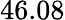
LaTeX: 46.08